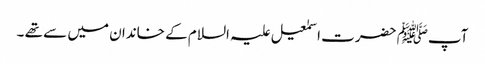
آپﷺ حضرت اسمٰعیل علیہ السلام کے خاندان میں سے تھے ۔